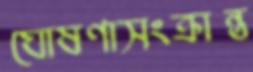
ঘোষণাসংক্রান্ত